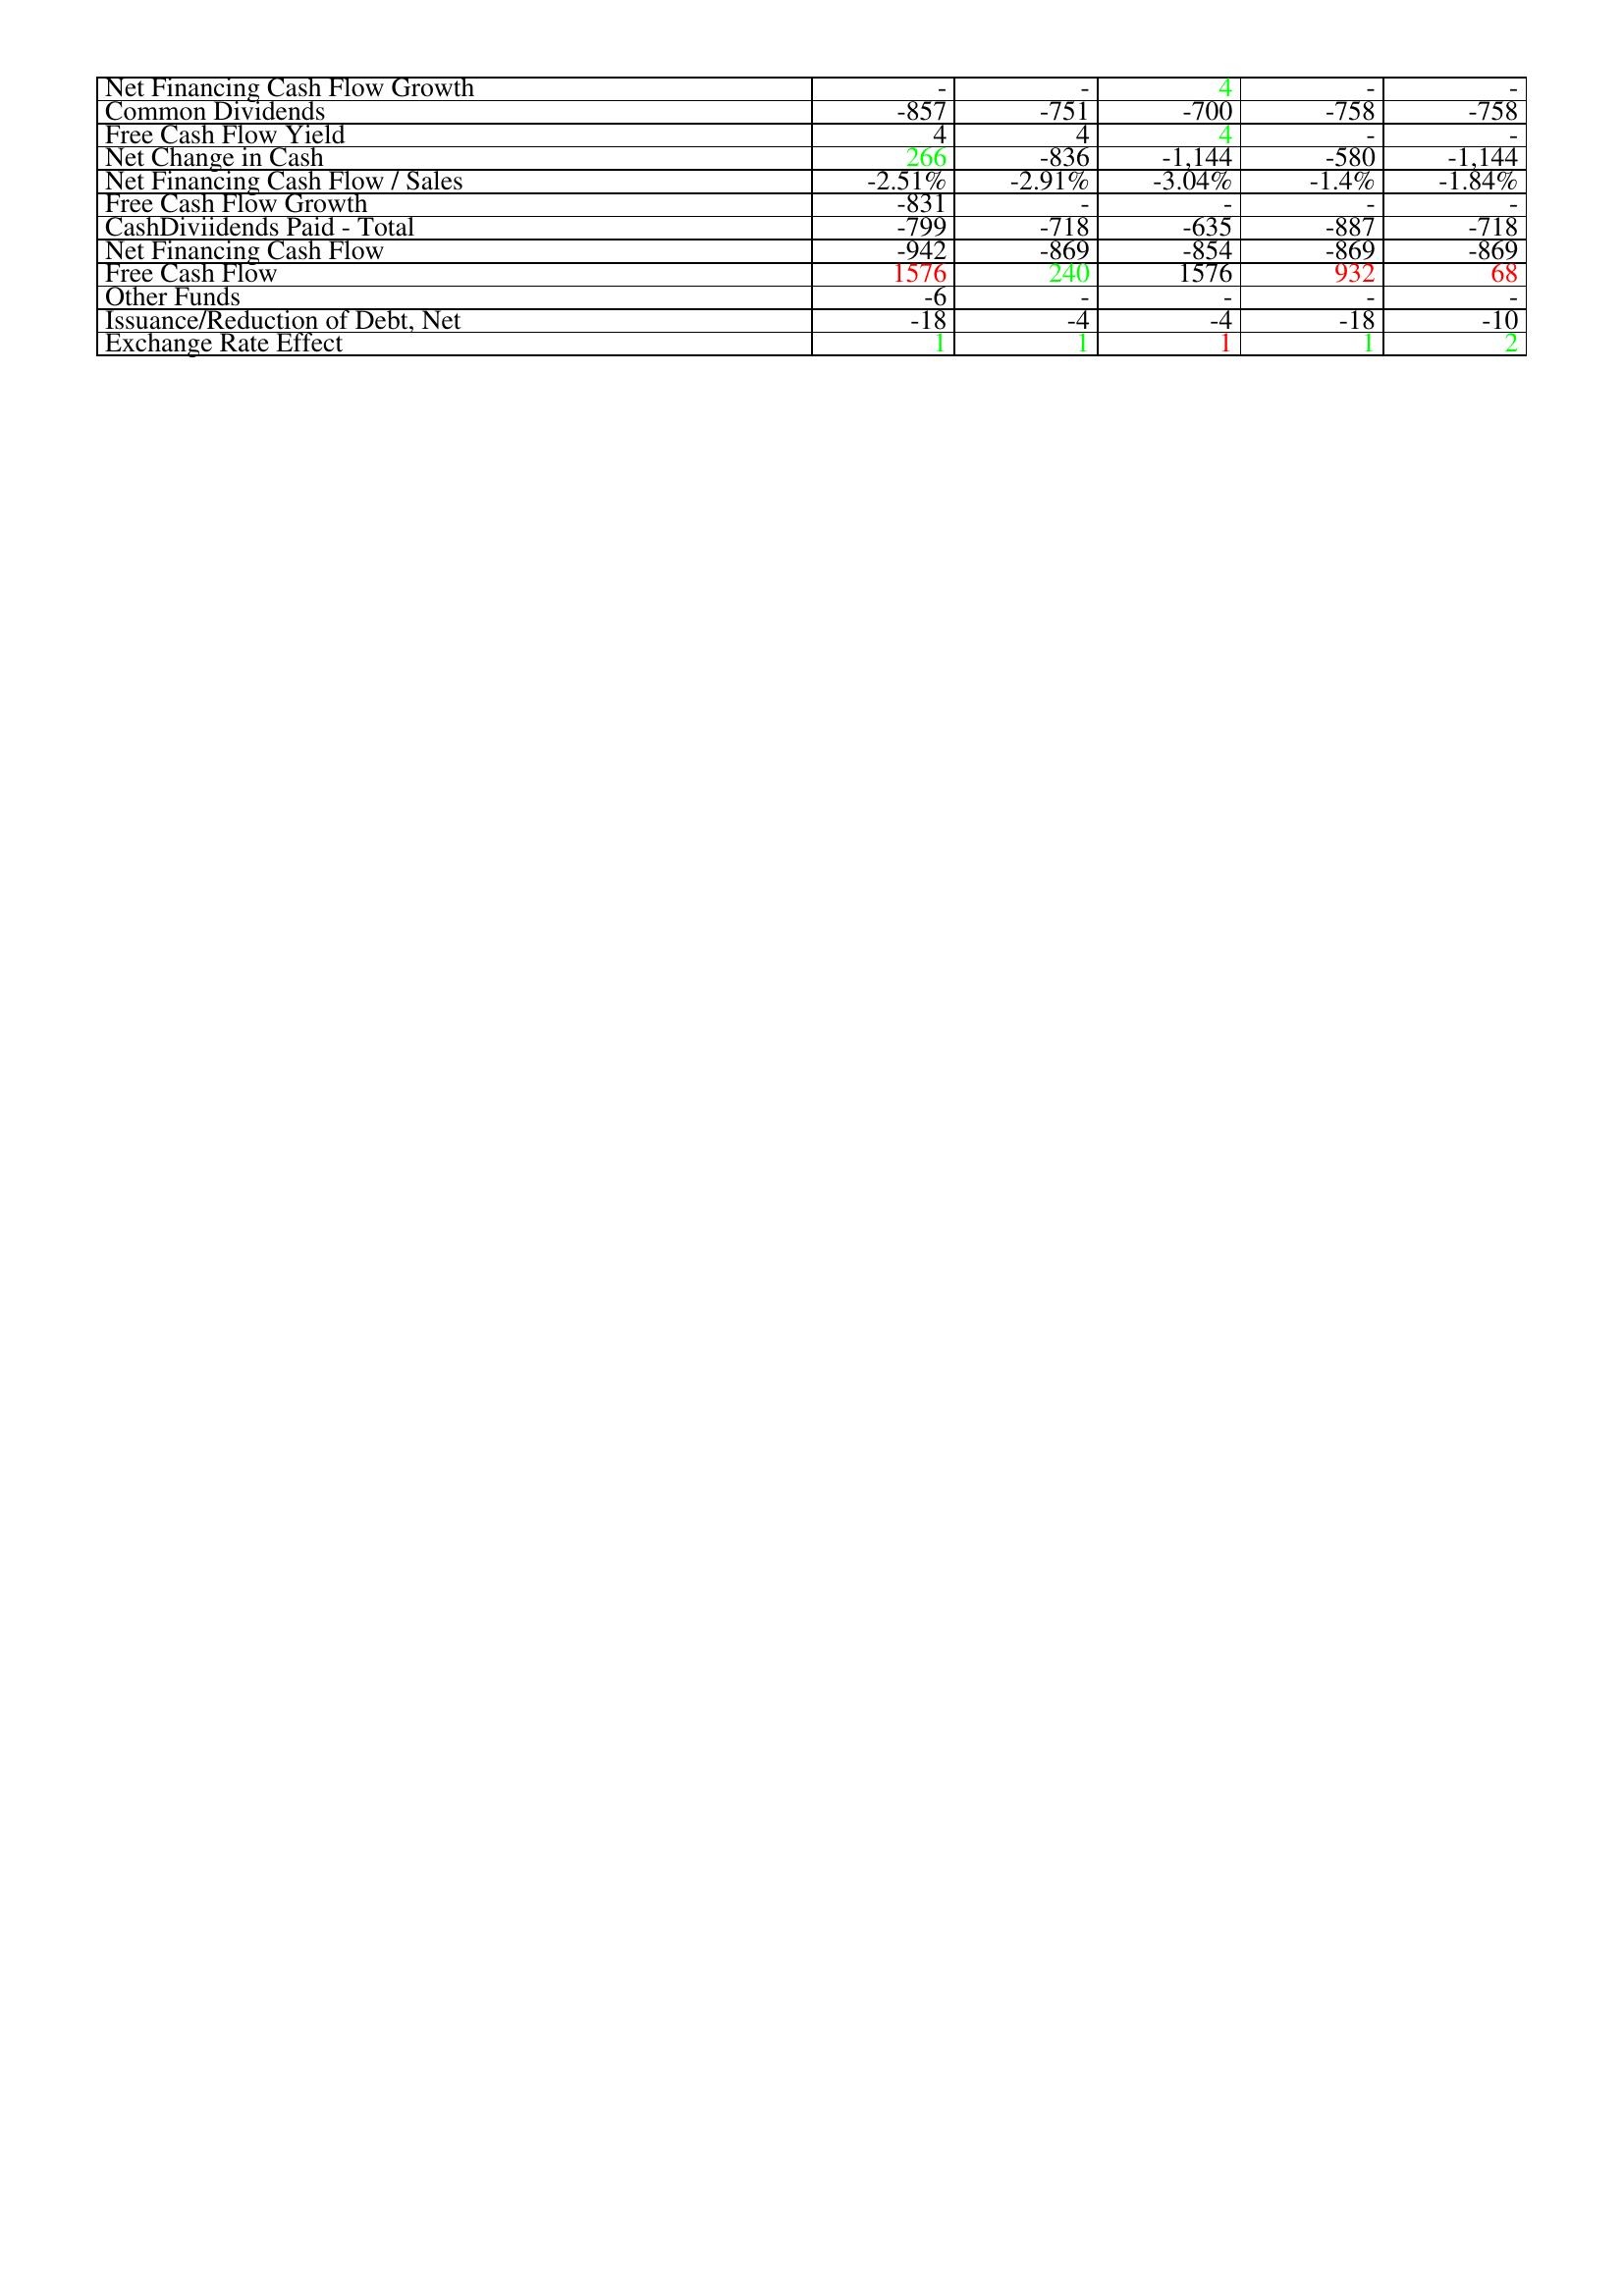
gt_parse: 2008: Financing Activities: Net Financing Cash Flow Growth: -
Common Dividends: -857
Free Cash Flow Yield: 4
Net Change in Cash: 266
Net Financing Cash Flow / Sales: -2.51%
Free Cash Flow Growth: -831
CashDiviidends Paid - Total: -799
Net Financing Cash Flow: -942
Free Cash Flow: 1576
Other Funds: -6
Issuance/Reduction of Debt, Net: -18
Exchange Rate Effect: 1
2009: Financing Activities: Net Financing Cash Flow Growth: -
Common Dividends: -751
Free Cash Flow Yield: 4
Net Change in Cash: -836
Net Financing Cash Flow / Sales: -2.91%
Free Cash Flow Growth: -
CashDiviidends Paid - Total: -718
Net Financing Cash Flow: -869
Free Cash Flow: 240
Other Funds: -
Issuance/Reduction of Debt, Net: -4
Exchange Rate Effect: 1
2010: Financing Activities: Net Financing Cash Flow Growth: 4
Common Dividends: -700
Free Cash Flow Yield: 4
Net Change in Cash: -1,144
Net Financing Cash Flow / Sales: -3.04%
Free Cash Flow Growth: -
CashDiviidends Paid - Total: -635
Net Financing Cash Flow: -854
Free Cash Flow: 1576
Other Funds: -
Issuance/Reduction of Debt, Net: -4
Exchange Rate Effect: 1
2011: Financing Activities: Net Financing Cash Flow Growth: -
Common Dividends: -758
Free Cash Flow Yield: -
Net Change in Cash: -580
Net Financing Cash Flow / Sales: -1.4%
Free Cash Flow Growth: -
CashDiviidends Paid - Total: -887
Net Financing Cash Flow: -869
Free Cash Flow: 932
Other Funds: -
Issuance/Reduction of Debt, Net: -18
Exchange Rate Effect: 1
2012: Financing Activities: Net Financing Cash Flow Growth: -
Common Dividends: -758
Free Cash Flow Yield: -
Net Change in Cash: -1,144
Net Financing Cash Flow / Sales: -1.84%
Free Cash Flow Growth: -
CashDiviidends Paid - Total: -718
Net Financing Cash Flow: -869
Free Cash Flow: 68
Other Funds: -
Issuance/Reduction of Debt, Net: -10
Exchange Rate Effect: 2